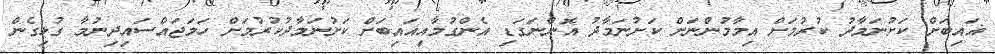
ޣައިބަށް ކަށުނަމާދު ކުރުމަށް އިމާމުންނަށް ކަށުނަމާދު އޮންނަގަޑި އެންގުމާއިޣައިބަށް ކަށުނަމާދުކުރުމަށް ހަމަޖައްސައިދިނުމާ ގުޅިގެން